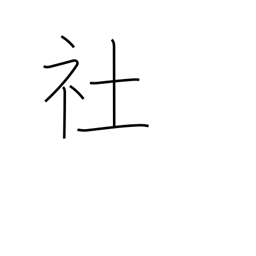
Meaning: shrine